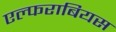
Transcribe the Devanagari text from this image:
एल्फराबियस